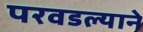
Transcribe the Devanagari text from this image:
परवडल्याने